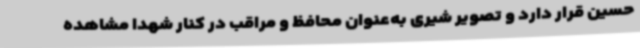
حسین قرار دارد و تصویر شیری به‌عنوان محافظ و مراقب در کنار شهدا مشاهده